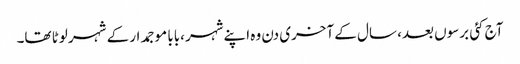
آج کئی برسوں بعد، سال کے آخری دن وہ اپنےشہر ،بابا موجمدار کے شہر لوٹا تھا۔